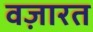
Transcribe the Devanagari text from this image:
वज़ारत